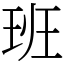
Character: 班